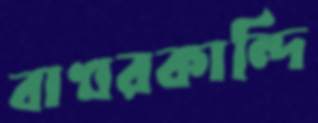
বাখরকান্দি